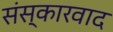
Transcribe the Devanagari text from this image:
संस्कारवाद